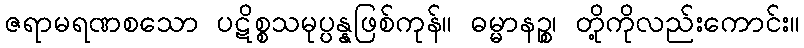
ဇရာမရဏစသော ပဋိစ္စသမုပ္ပန္နဖြစ်ကုန်။ ဓမ္မာနဉ္စ၊ တို့ကိုလည်းကောင်း။